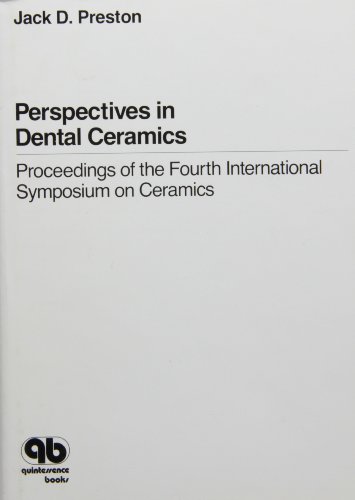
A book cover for Perspectives in Dental Ceramics: Proceedings of the Fourth International Symposium on Ceramics; Medical Books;